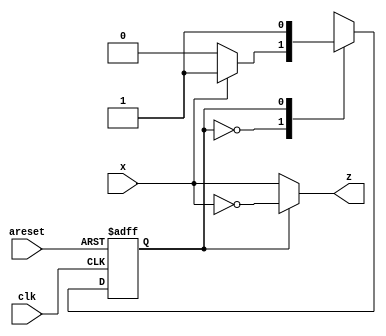
module top_module (
    input clk,
    input areset,
    input x,
    output z
); 

    /*
    	X: don't care
        c_s: current_state (state)
        n_s: next_state
        r: reset
        x: input
        z: output
        
        +-----------------------+
        | r | x | c_s | n_s | z |
        |-----------------------|
        | 1 | X |  X  |  A  | 0 |
        | 0 | 1 |  A  |  B  | 1 |
        | 0 | 0 |  A  |  A  | 0 |
        | 0 | 1 |  B  |  B  | 0 |
        | 0 | 0 |  B  |  B  | 1 |
        +-----------------------+
    */
    
    parameter A = 1'b0, B = 1'b1;
    reg state, next_state;
    
    //asynchronous reset and state_logic
    always@(posedge clk or posedge areset)
        begin
            if(areset)
                state <= A;
            else
                state <= next_state;
        end
    
    //next_state logic
    always@(state, x)
        begin
            case(state)
                A: next_state = x ? B : A;
                B: next_state = B;
                default: next_state = A;
            endcase
        end
    
    //procedure of one-hot encoding output
    //assign z = ((state == A) && x) ? 1'b1 : ((state == A) && ~x) ? 1'b0 : ((state == B) && x) ? 1'b0 : ((state == B) && ~x) ? 1'b1 : 1'b0;
    // from table we can see when state=A output is x and when state is B ouput is ~x
    // so we can minimize the expression which will reduce the power of an circuit
    assign z = (state == A) ? x : (state == B) ? ~x : 1'b0;
    
endmodule